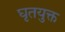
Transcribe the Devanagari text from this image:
घृतयुक्त